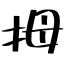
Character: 拇